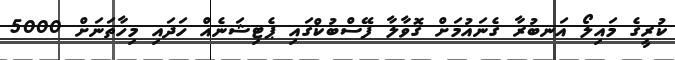
ކުރީގެ މައިލޯ އަނބުރާ ގެނައުމަށް ގޮވާލާ ފޭސްބުކްގައި ޕެޓިޝަނެއް ހަދައި މިހާތަނަށް 5000